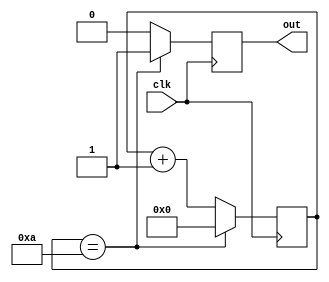
module pwmEnable(clk, out);

input clk;
output reg out;
reg [3:0] count = 4'b0000;

initial
out = 0;
	
always @(posedge clk)
begin
	if (count == 4'b1010)
		begin
			out = 1;
			count = 4'b0000;
		end
		
	else 
	begin
		count = count + 4'b0001;
		out = 0;
	end
end

endmodule